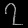
Digit: ၇